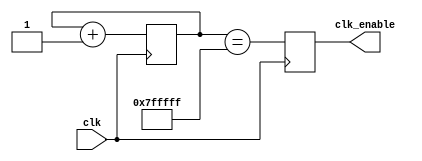
`default_nettype none

// Most of this is using recommendations from: https://zipcpu.com/blog/2017/06/02/generating-timing.html

module clock_div(
  input wire clk,
  output reg clk_enable
);
  reg [22:0] counter;

  always @(posedge clk) begin
    counter <= counter + 1'b1;
    clk_enable <= (counter == {23{1'b1}});
  end
endmodule